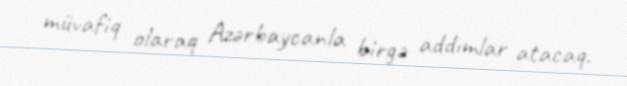
müvafiq olaraq Azərbaycanla birgə addımlar atacaq.